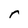
Character: r